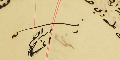
رئىس ابراهىم الخىاط